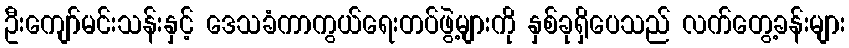
ဦးကျော်မင်းသန်းနှင့် ဒေသခံကာကွယ်ရေးတပ်ဖွဲ့များကို နှစ်ခုရှိပေသည် လက်တွေ့ခန်းများ